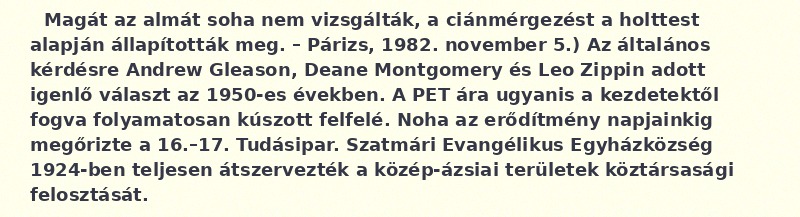
Magát az almát soha nem vizsgálták, a ciánmérgezést a holttest alapján állapították meg. – Párizs, 1982. november 5.) Az általános kérdésre Andrew Gleason, Deane Montgomery és Leo Zippin adott igenlő választ az 1950-es években. A PET ára ugyanis a kezdetektől fogva folyamatosan kúszott felfelé. Noha az erődítmény napjainkig megőrizte a 16.–17. Tudásipar. Szatmári Evangélikus Egyházközség 1924-ben teljesen átszervezték a közép-ázsiai területek köztársasági felosztását.